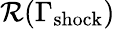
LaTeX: \mathcal{R}(\Gamma_{\mathrm{shock}})